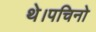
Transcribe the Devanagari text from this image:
थे।पचिनो